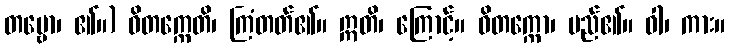
တဗ္ဗော၊ ၏။) ဝိတက္ကေတိ၊ ကြံတတ်၏။ ဣတိ၊ ကြောင့်။ ဝိတက္ကော၊ မည်၏။ ဝါ၊ ကား။